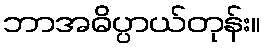
ဘာအဓိပ္ပာယ်တုန်း။